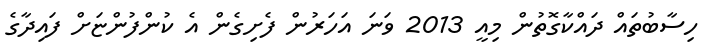
ހިސާބުތައް ދައްކާގޮތުން މިއީ 2013 ވަނަ އަހަރުން ފެށިގެން އެ ކުންފުންޏަށް ފައިދާގެ